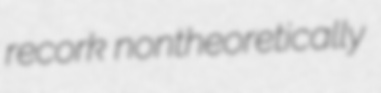
recork nontheoretically